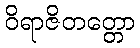
ဝိရာဇိတတ္တော